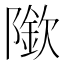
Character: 𨼌